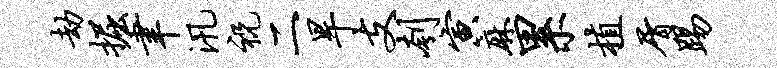
劫掘聿汛祝二旱支刳寅麻累植屑踢